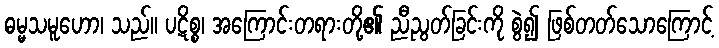
ဓမ္မသမူဟော၊ သည်။ ပဋိစ္စ၊ အကြောင်းတရားတို့၏ ညီညွတ်ခြင်းကို စွဲ၍ ဖြစ်တတ်သောကြောင့်